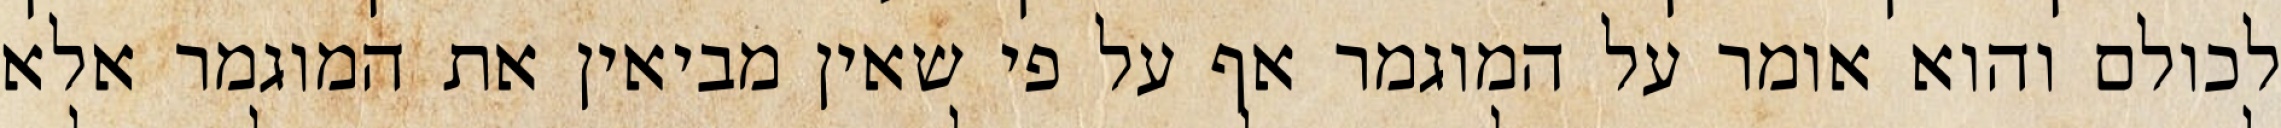
לכולם והוא אומר על המוגמר אף על פי שאין מביאין את המוגמר אלא